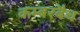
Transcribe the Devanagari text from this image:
कम्बरबैच